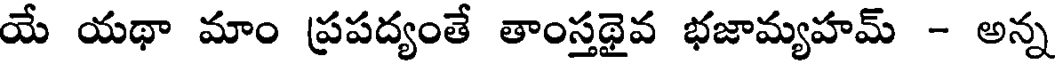
యే యథా మాం ప్రపద్యంతే తాంస్తథైవ భజామ్యహమ్ - అన్న